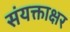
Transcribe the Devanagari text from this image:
संयक्ताक्षर